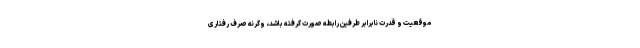
موقعیت و قدرت نابرابر طرفین رابطه صورت گرفته باشد، وگرنه صرف رفتاری